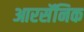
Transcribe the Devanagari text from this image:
आरसॅनिक